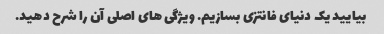
بیایید یک دنیای فانتزی بسازیم. ویژگی های اصلی آن را شرح دهید.